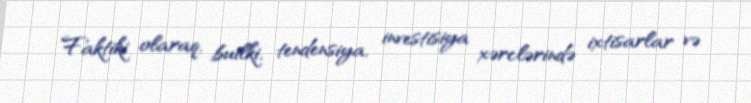
Faktiki olaraq, builki, tendensiya, investisiya xərclərində ixtisarlar və